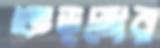
ভেড়নোর